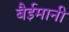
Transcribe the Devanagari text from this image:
बैईमानी